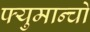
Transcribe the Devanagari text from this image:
फ्युमान्चो